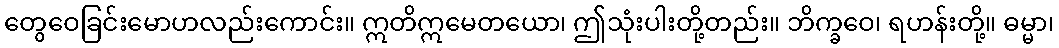
တွေဝေခြင်းမောဟလည်းကောင်း။ ဣတိဣမေတယော၊ ဤသုံးပါးတို့တည်း။ ဘိက္ခဝေ၊ ရဟန်းတို့။ ဓမ္မာ၊